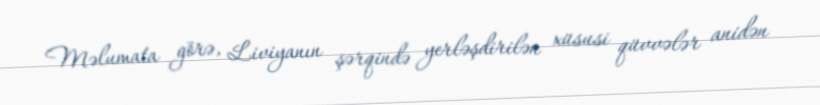
Məlumata görə, Liviyanın şərqində yerləşdirilən xüsusi qüvvələr anidən